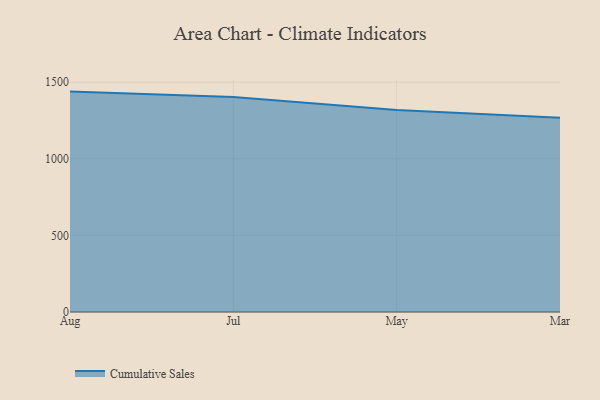
{"axis": {"x": "Month", "y": "Population (Million)"}, "legend": ["Cumulative Sales"], "data": [{"x": "Aug", "y": 1438.8, "type": "Cumulative Sales"}, {"x": "Jul", "y": 1404.1, "type": "Cumulative Sales"}, {"x": "May", "y": 1319.3, "type": "Cumulative Sales"}, {"x": "Mar", "y": 1268.9, "type": "Cumulative Sales"}]}